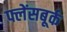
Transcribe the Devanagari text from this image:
फ्लेंसबूर्क